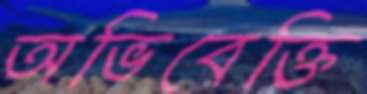
অভিবেক্তি